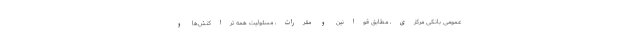
عمومی بانکی مرکزی، مطابق قوانین و مقررات، مسئولیت همه تراکنش‌ها و